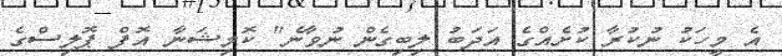
އެ މީހަކު ނުކުރާ ކުށެއްގެ އަދަބު ލިބިގެން ނުވާނެ" ކޮމިޝަނާ އޮފް ޕޮލިސްގެ